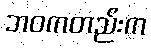
ဘဝကတည်းက